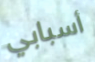
أسبابي